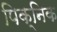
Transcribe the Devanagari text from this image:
पिक्निक